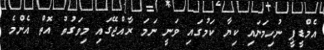
އެމްޑީޕީ ނުހިމަނައި ކިޔާ ކަމުގައި ވަނީ ނަމަ ރާއްޖޭގައި މިވަގުތު އޮތް އެންމެ